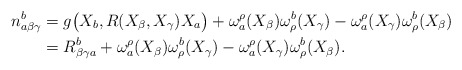
\begin{align*}n_{a\beta \gamma}^{b}&=g \big{(} X_b, R(X_{\beta}, X_{\gamma})X_a \big{)} + \omega_{a}^{\rho}(X_{\beta}) \omega^{b}_{\rho}(X_{\gamma})- \omega_{a}^{\rho}(X_{\gamma}) \omega^{b}_{\rho}(X_{\beta})\\&=R_{\beta \gamma a}^b+ \omega_{a}^{\rho}(X_{\beta}) \omega^{b}_{\rho}(X_{\gamma})- \omega_{a}^{\rho}(X_{\gamma}) \omega^{b}_{\rho}(X_{\beta}).\end{align*}